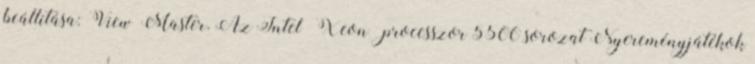
beállítása: View Master. Az Intel® Xeon® processzor 5500 sorozat Nyereményjátékok